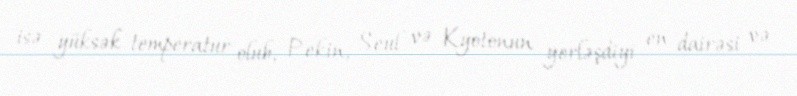
isə yüksək temperatur olub, Pekin, Seul və Kyotonun yerləşdiyi en dairəsi və